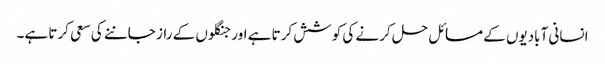
انسانی آبادیوں کے مسائل حل کرنے کی کوشش کرتا ہے اور جنگلوں کے راز جاننے کی سعی کرتا ہے۔